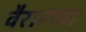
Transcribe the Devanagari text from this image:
वैरागचा